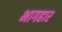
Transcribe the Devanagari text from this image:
भागहार